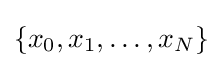
\{x_{0},x_{1},\ldots ,x_{N}\}